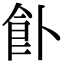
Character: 𩚅